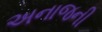
અનાજની